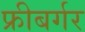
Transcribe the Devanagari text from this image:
फ्रीबर्गर